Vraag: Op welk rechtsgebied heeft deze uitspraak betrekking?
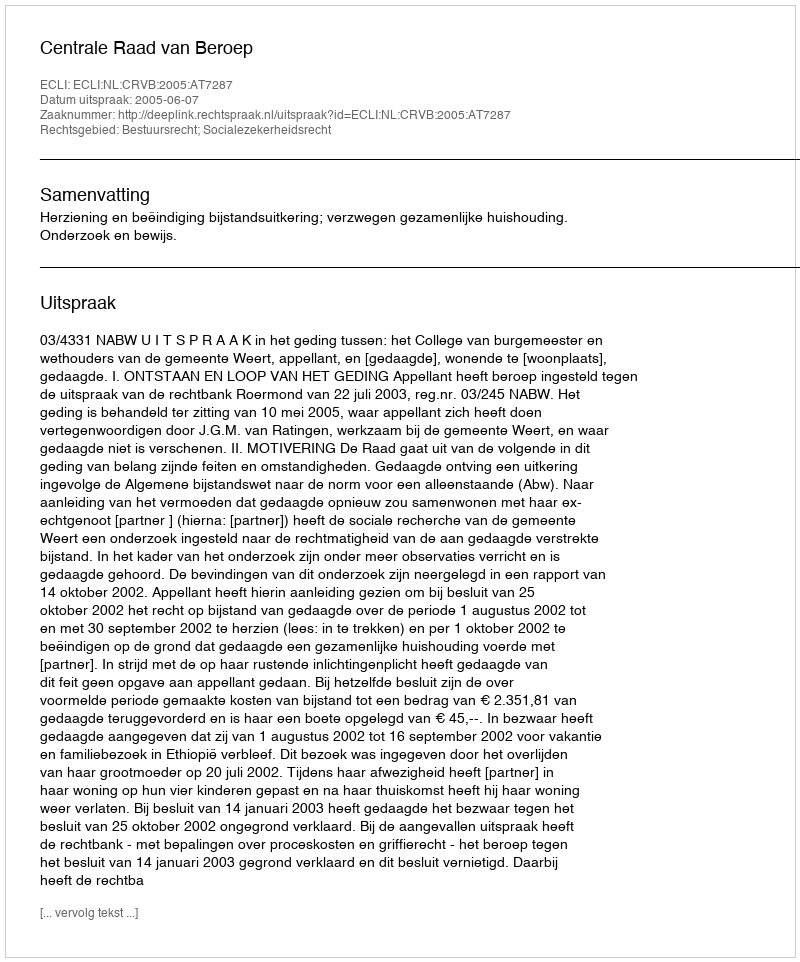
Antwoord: Bestuursrecht; Socialezekerheidsrecht